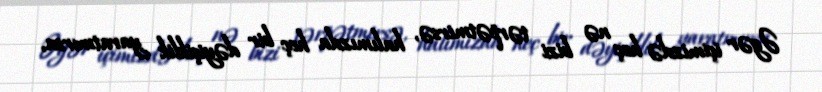
Əgər içimizdə heç nə bizi tərpətmirsə, halımızda heç bir dəyişiklik yaratmırsa,